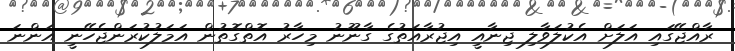
ރާއްޖޭގައި އަލަށް އެކުލަވާލި ޖިނާއީ އިޖުރާއަތުގެ ގާނޫނު މިހާރު އޮތްގޮތުން އަމަލުކުރަންޖެހޭނީ އަންނަ